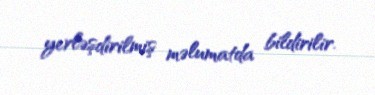
yerləşdirilmiş məlumatda bildirilir.